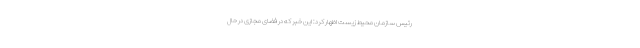
رئیس سازمان محیط زیست اظهار کرد: این خبر که در فضای مجازی در حال